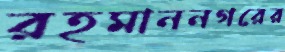
রহমাননগরের